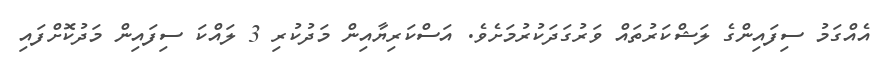
އެއްގަމު ސިފައިންގެ ލަޝްކަރުތައް ވަރުގަދަކުރުމަށެވެ. އަސްކަރިޔާއިން މަދުކުރި 3 ލައްކަ ސިފައިން މަދުކޮށްފައި